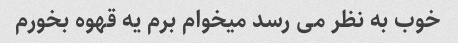
خوب به نظر می رسد میخوام برم یه قهوه بخورم